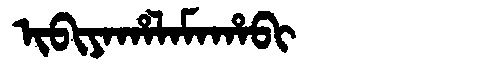
Manchu: ᡳᠪᡳᠶᠠᡥᠠᠯᠠᠮᠠᡥᠠᠪᡳ
Romanization: IBIYAHALAMAHABI